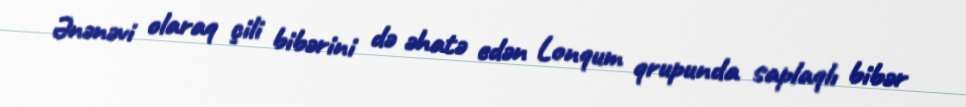
Ənənəvi olaraq çili bibərini də əhatə edən Lonqum qrupunda saplaqlı bibər